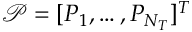
\boldsymbol { \mathcal { P } } = [ P _ { 1 } , \ldots , P _ { N _ { T } } ] ^ { T }